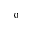
_ 0